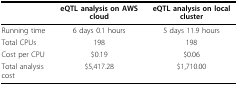
|  | eQTL analysis on AWS cloud | eQTL analysis on local cluster |
 | --- | --- | --- |
 | Running time | 6 days 0.1 hours | 5 days 11.9 hours |
 | Total CPUs | 198 | 198 |
 | Cost per CPU | $0.19 | $0.06 |
 | Total analysis cost | $5,417.28 | $1,710.00 |